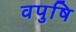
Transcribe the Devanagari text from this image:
वपुषि